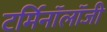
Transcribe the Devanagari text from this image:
टर्मिनाॅलाॅजी